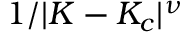
1 / | K - K _ { c } | ^ { \nu }